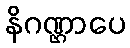
နိဂဏ္ဌာပေ